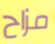
مزاح